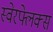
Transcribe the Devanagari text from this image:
स्वेरफ्लेक्स